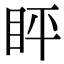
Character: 𬑈